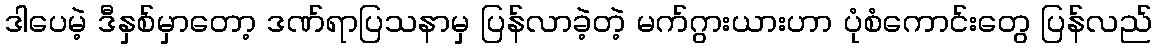
ဒါပေမဲ့ ဒီနှစ်မှာတော့ ဒဏ်ရာပြသနာမှ ပြန်လာခဲ့တဲ့ မက်ဂွားယားဟာ ပုံစံကောင်းတွေ ပြန်လည်